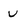
Character: V